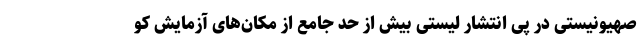
صهیونیستی در پی انتشار لیستی بیش از حد جامع از مکان‌های آزمایش کو